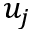
u _ { j }